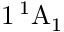
1 \, ^ { 1 } \mathrm { A } _ { 1 }